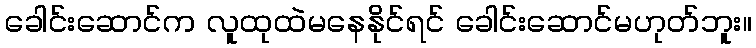
ခေါင်းဆောင်က လူထုထဲမနေနိုင်ရင် ခေါင်းဆောင်မဟုတ်ဘူး။